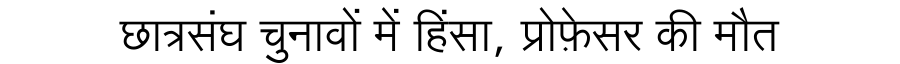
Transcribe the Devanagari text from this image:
छात्रसंघ चुनावों में हिंसा, प्रोफ़ेसर की मौत